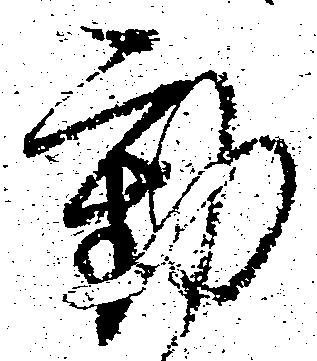
動